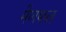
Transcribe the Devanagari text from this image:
मेणफल